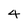
Character: 4